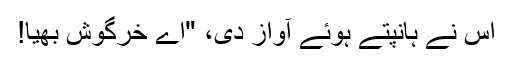
اس نے ہانپتے ہوئے آواز دی، "اے خرگوش بھیّا!